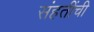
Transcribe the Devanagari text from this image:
संहतींची